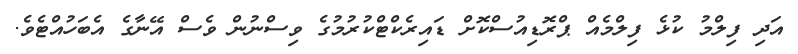
އަދި ފިލްމު ކުޅެ ފިލްމެއް ޕްރޮޑިއުސްކޮށް ޑައިރެކްޓްކުރުމުގެ ވިސްނުން ވެސް އޭނާގެ އެބަހުއްޓެވެ.